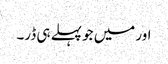
اور میں جو پہلے ہی ڈر۔